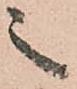
之